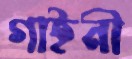
গাইনী